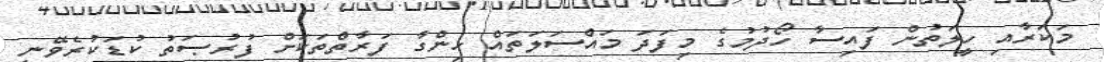
މަކަރާއި ހީލަތުން ފައިސާ ހޯދުމުގެ މިފަދަ މައްސަލަތައް ހިންގާ ފަރާތްތަކަށް ފުރުޞަތު ކުޑަކުރެވޭނީ